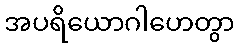
အပရိယောဂါဟေတွာ